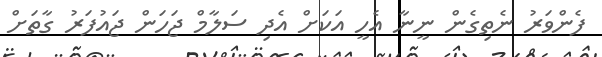
ފެންވަރު ނެތިގެން ނީނާ އެހީ އަކަށް އެދި ސަލާމް ޖަހަން ޖައުފަރު ގާތަށް